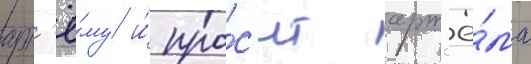
арт'ё́му и́ про́с'ит арт'ё́ма